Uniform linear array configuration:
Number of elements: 32
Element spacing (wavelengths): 0.75
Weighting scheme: hamming
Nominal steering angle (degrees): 0
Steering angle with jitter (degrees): -0.5151
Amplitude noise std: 0.05
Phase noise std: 0.05

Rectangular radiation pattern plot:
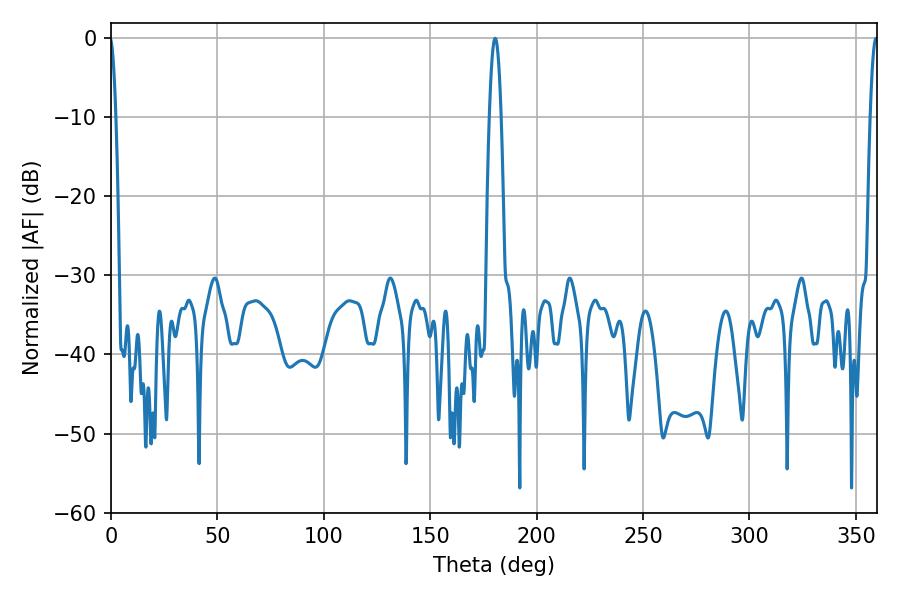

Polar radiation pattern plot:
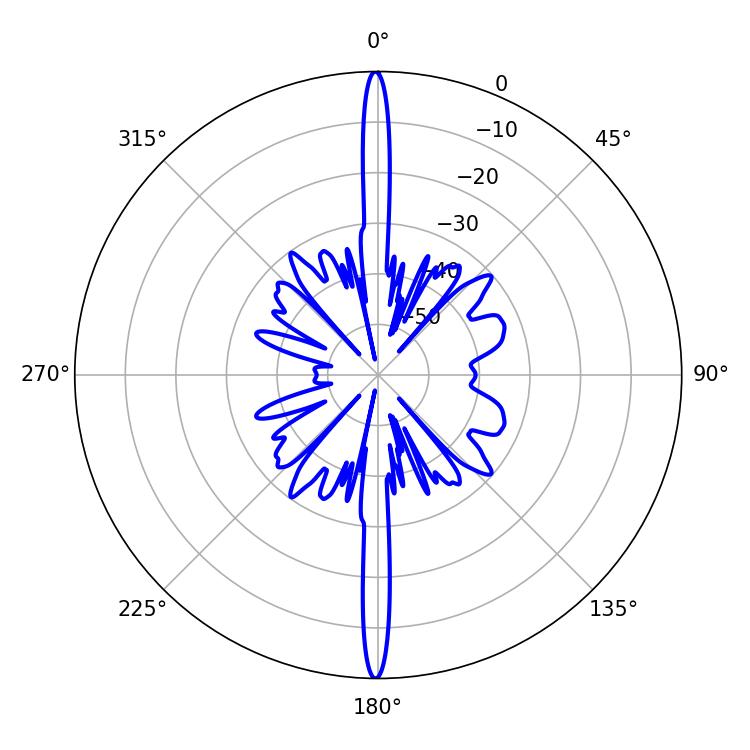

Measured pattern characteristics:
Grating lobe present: TRUE
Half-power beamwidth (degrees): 1.98
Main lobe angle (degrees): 359.46